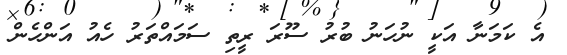
އެ ކަމަނާ އަކީ ނުހަނު ބުރު ސޫރަ ރީތި ސަމައްތަރު ހެއު އަންހެން